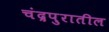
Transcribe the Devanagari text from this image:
चंद्रपुरातील